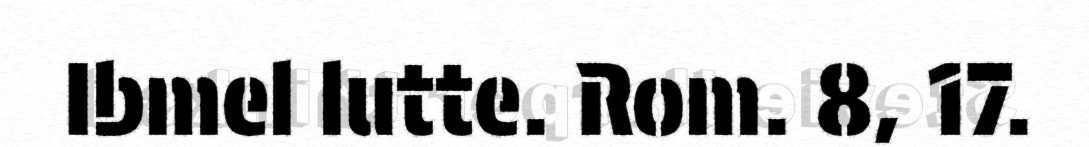
Ibmel lutte. Rom. 8, 17.